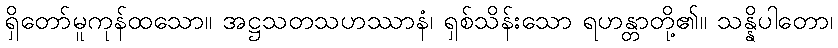
ရှိတော်မူကုန်ထသော။ အဋ္ဌသတသဟဿာနံ၊ ရှစ်သိန်းသော ရဟန္တာတို့၏။ သန္နိပါတော၊